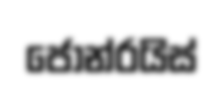
ජෝන්රයිස්